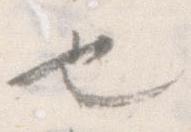
也